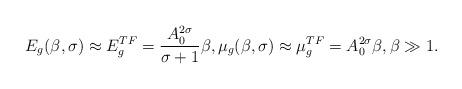
LaTeX: \begin{align*}E_g(\beta,\sigma)\approx E_g^{TF}=\frac{A_0^{2\sigma}}{\sigma+1}\beta,\mu_g(\beta,\sigma)\approx\mu_g^{TF}=A_0^{2\sigma}\beta,\beta\gg1.\end{align*}